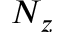
N _ { z }